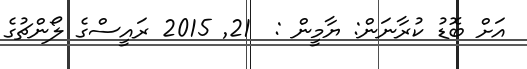
އަށް ބޮޑު ކުރާނަން: ޔާމީން :  21